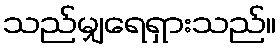
သည်မျှရေရှားသည်။